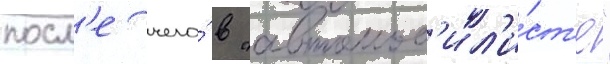
посл'е чего́ в "автомоб'ил'и́ст'е"